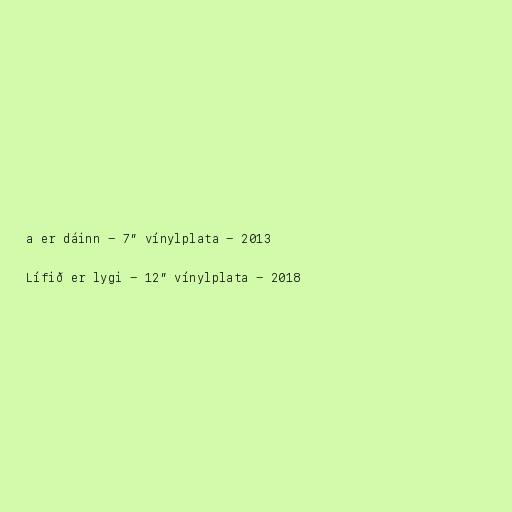
a er dáinn - 7” vínylplata - 2013

Lífið er lygi - 12” vínylplata - 2018